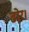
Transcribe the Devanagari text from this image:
ढोर।